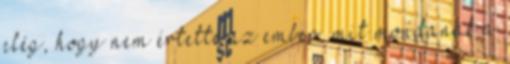
elég, hogy nem értette az ember, mit mondanak a